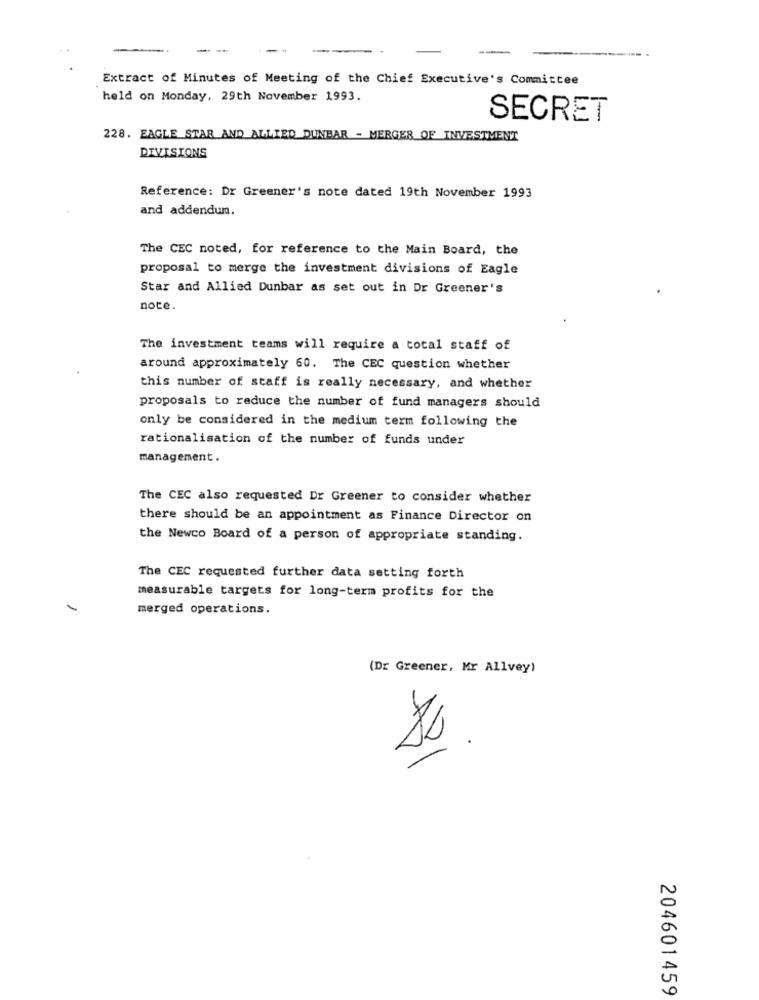
Extract of Minutes of Meeting of the Chief Executive's Committee
held on Monday, 29th November 1993.
SECRET
228. EAGLE STAR AND ALLIED DUNBAR - MERGER OF INVESTMENT
DIVISIONS
Reference: Dr Greener's note dated 19th November 1993
and addendum.
The CEC noted, for reference to the Main Board, the
proposal to merge the investment divisions of Eagle
Star and Allied Dunbar as set out in Dr Greener's
note.
The investment teams will require a total staff of
around approximately 60. The CEC question whether
this number of staff is really necessary, and whether
proposals to reduce the number of fund managers should
only be considered in the medium term following the
rationalisation of the number of funds under
management.
The CEC also requested Dr Greener to consider whether
there should be an appointment as Finance Director on
the Newco Board of a person of appropriate standing.
The CEC requested further data setting forth
measurable targets for long-term profits for the
merged operations.
(Dr Greener, Mr Allvey)
.
204601459